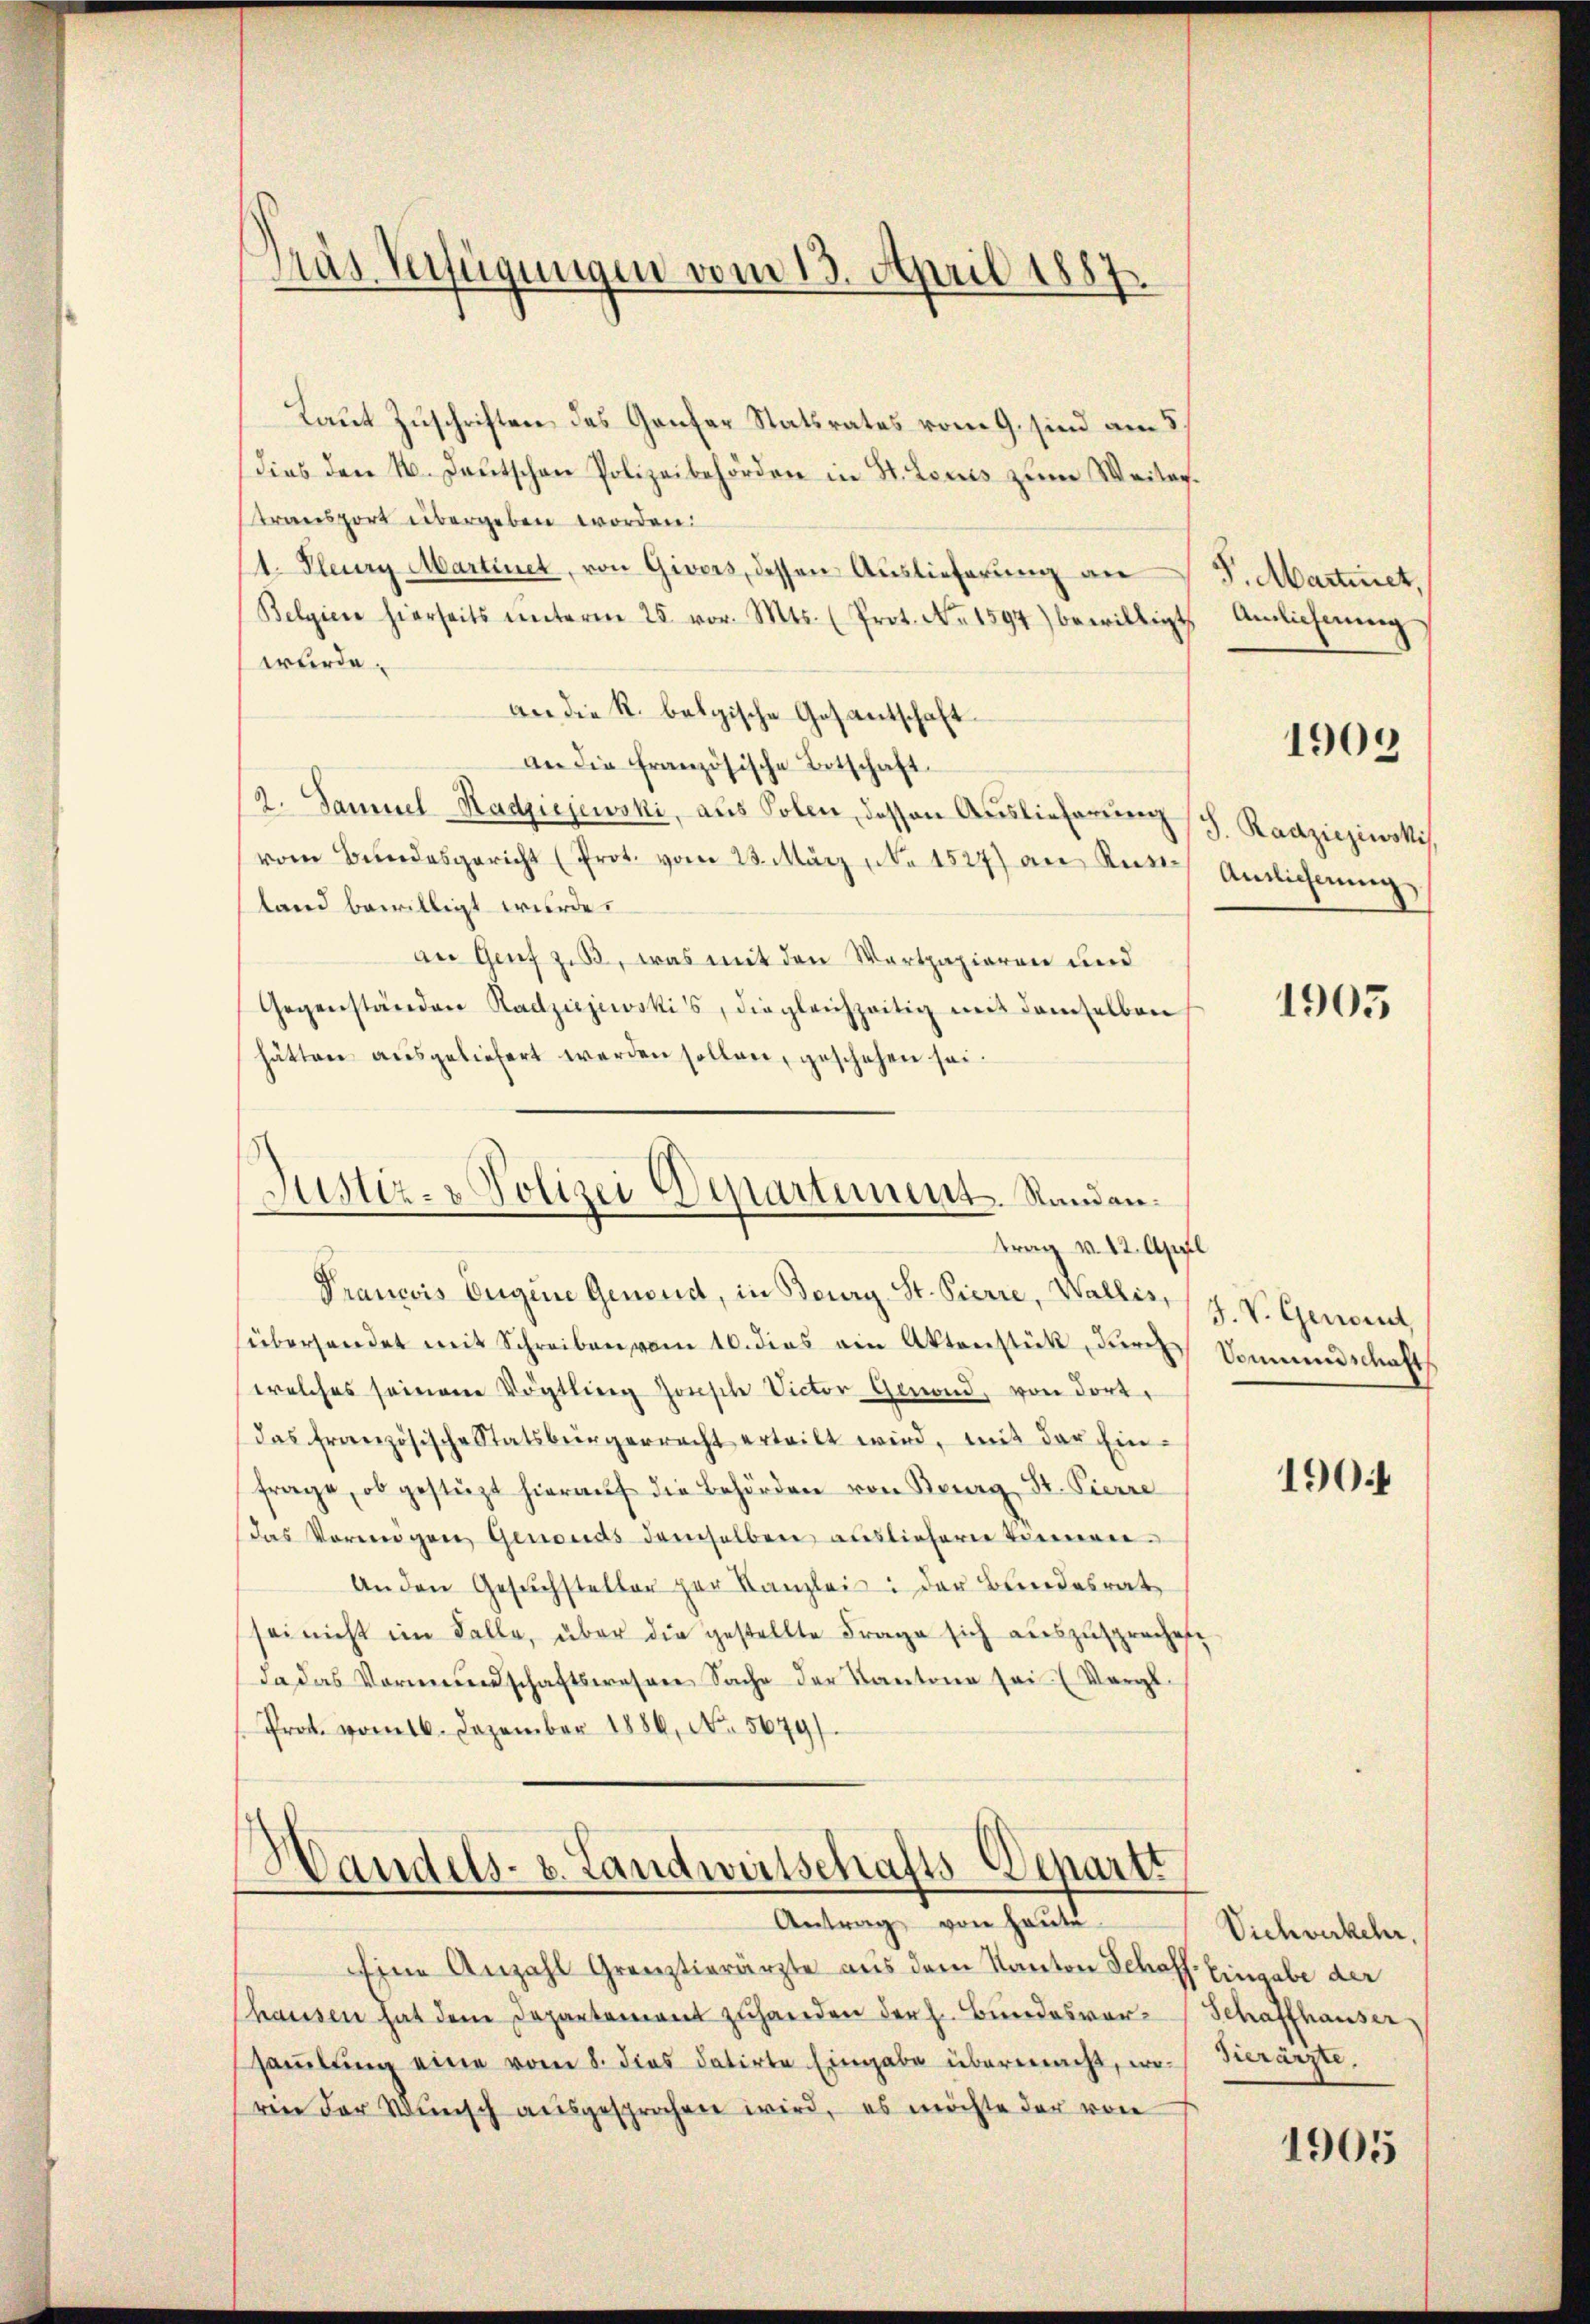
Pras Verfügungen vom 13. April 1887
e

Laut Zuschriften das Ganzer Statsrates vom 9. sind am 5.
dies den 4. Deutschen Polizeibehörden in St. Louis zum Weitertransport übergeben worden.
1. Peury Martinet, von Givers, dessen Auslieferung an
Belgien hierseits ŭnterm 25. vor. Mts. (Prot. No. 1597) bewilligt
würde.
an die K. belgische Gesantschaft
an die französische Betschaft.
2. Samuel-Radzićjewski, aus Solen, dessen Auslieferung (s. Raazicjiwski
vom Bŭndesgericht (Prot. vom 23. März (Nr. 1527) an Kur Anlicherŭng
land bewilligt wurde.
an Genf zu, was mit den Wertpapieren und
Gegenständen Radziejewski's, die gleichzeitig mit demselben
hätten ausgeliefert werden sollen, geschehen sei.

Justiz- & Polizei Departement. Standen.
trag v. 12. April

Prancois Eugen Genend, in Beury St. Pierre, Wallis, 1 J. V. Genannt,
überhandet mit Schreiben vom 10. dies ein Aktenstück, durch Sommenschaft
welches seinem Vögtling Zonsche Victor Genond, von dort.
das französische Statsbürgerrecht erteilt wird, mit der Ein-
frage, ob gestüzt hieraŭf die Behörden von Bourg, St. Pierre
Das Vermögen Genouds demselben ausliefern können.
Anden Gesŭchsteller per Kanzlei der Bundesrat
sei nicht im Falle, über die gestellte Frage sich auszusprochen.
da das Vormundschaftswesene Sache der Kantone sei (Vergl
Prot. vom 16. Dezember 1880, No. 5679/

Handels- u. Landwirtschafts-Departt
Antrag von heute

Eine Anzahl Grenztierärzte aus dem Kanton Schaff- Eingabe der
hausen hat dem Departement zuhanden der h. Bundesvor-Schaffhauser
sammlung eine vom 8. dies datirte Eingabe übermacht, worin der Wünsch ausgesprochen wird, es möchte der von

S. Martinet,
Anlieferung

1909

1905

1901

Vichverkehr,
hierärzte.

1905